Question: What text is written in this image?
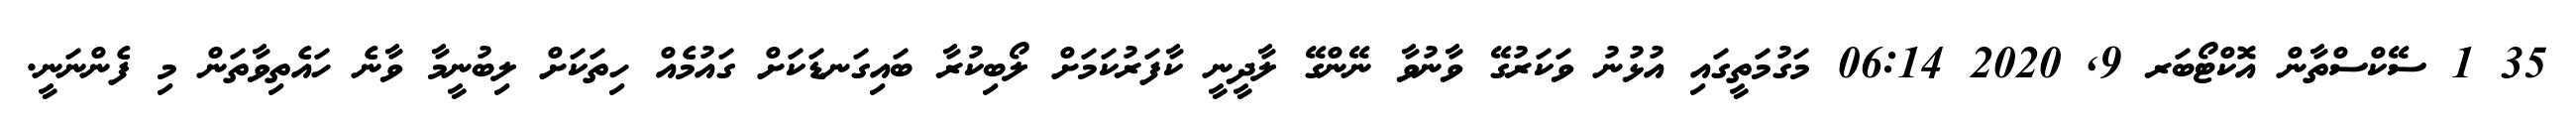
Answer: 35 1 ސޭކްސްތާން އޮކްޓޯބަރ 9, 2020 06:14 މަގުމަތީގައި އުޅުނު ވަކަރުގޭ ވާނުވާ ނޭންގޭ ލާދީނީ ކާފަރުކަމަށް ލޯބިކުރާ ބައިގަނޑަކަށް ގައުމެއް ހިތަކަށް ލިބުނީމާ ވާނެ ހައެތިވާތަން މި ފެންނަނީ.